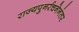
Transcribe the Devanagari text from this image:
राज्यपुनर्रचनेनंतर